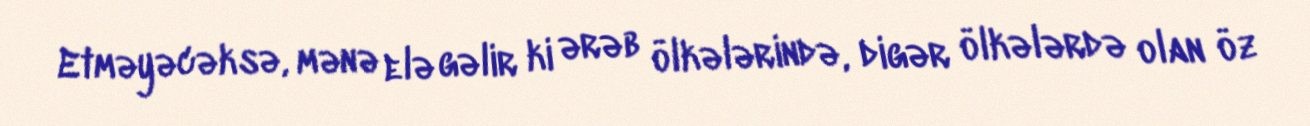
Etməyəcəksə, mənə elə gəlir ki ərəb ölkələrində, digər ölkələrdə olan öz